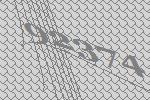
92374